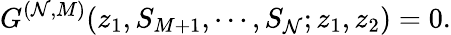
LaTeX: G^{(\mathcal{N},M)}(z_{1},S_{M+1},\cdots,S_{\mathcal{N}};z_{1},z_{2})=0.